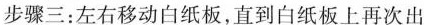
步骤三：左右移动白纸板，直到白纸板上再次出